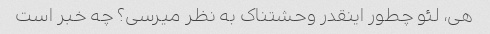
هی، لئو چطور اینقدر وحشتناک به نظر میرسی؟ چه خبر است